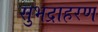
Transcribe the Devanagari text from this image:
सुभद्राहरण